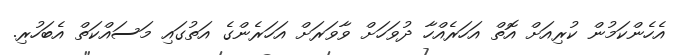
އެހެންކަމުން ކުރިއަށް އޮތް އަހަރެއްހާ ދުވަހަށް ވާވަރަށް އަހަރެންގެ އަތުގައި މަސައްކަތް އެބަހުރި.